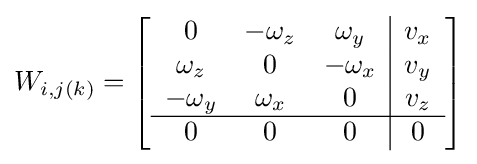
W_{i,j(k)}=\left[{\begin{array}{ccc|c}0&-\omega _{z}&\omega _{y}&v_{x}\\\omega _{z}&0&-\omega _{x}&v_{y}\\-\omega _{y}&\omega _{x}&0&v_{z}\\\hline 0&0&0&0\end{array}}\right]